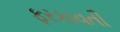
ફરકાવતી